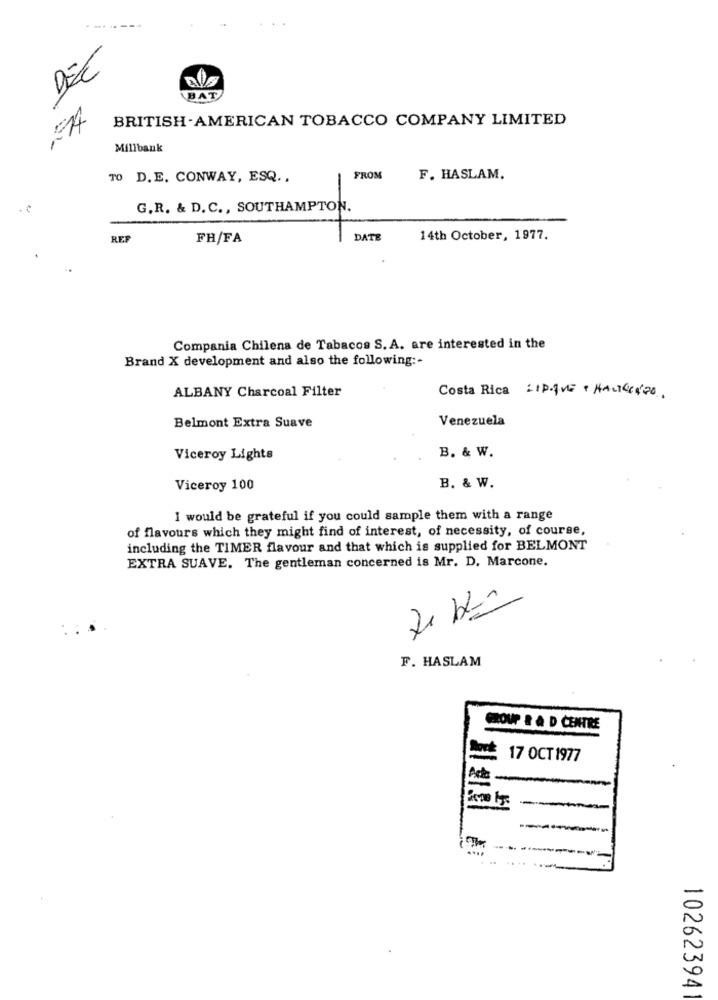
DEC
BAT
BRITISH-AMERICAN TOBACCO COMPANY LIMITED
Millbank
TO D.E. CONWAY, ESQ ..
FROM
F. HASLAM.
-
G. R. & D. C ., SOUTHAMPTON.
RF
FH/FA
DATE
14th October, 1977.
Compania Chilena de Tabacos S. A. are interested in the
Brand X development and also the following :-
ALBANY Charcoal Filter
Costa Rica LIPQUE - HACIENDO
Venezuela
Belmont Extra Suave
Viceroy Lights
B. & W.
B. & W.
Viceroy 100
I would be grateful if you could sample them with a range
of flavours which they might find of interest, of necessity, of course,
including the TIMER flavour and that which is supplied for BELMONT
EXTRA SUAVE. The gentleman concerned is Mr. D. Marcone.
7
F. HASLAM
GROUP & & D CENTRE
17 OCT 1977
-
--
10262394